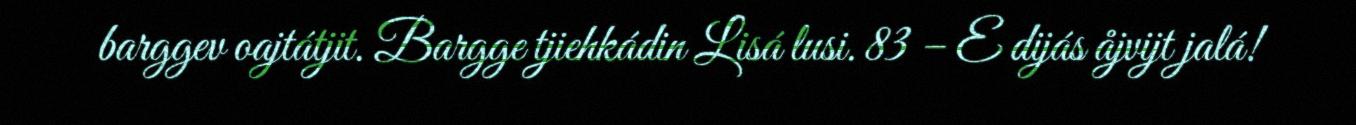
barggev oajtátjit. Bargge tjiehkádin Lisá lusi. 83 – E dijás åjvijt jalá!